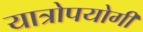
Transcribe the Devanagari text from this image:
यात्रोपयोगी